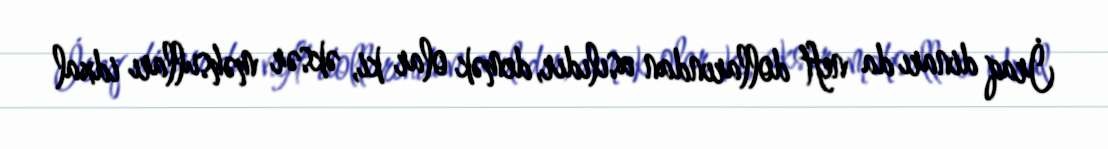
İraq dinarı da neft dollarından asılıdır, demək olar ki, əksər məhsulları idxal